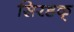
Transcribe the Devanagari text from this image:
सिरडक्